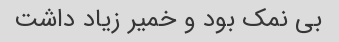
بی نمک بود و خمیر زیاد داشت